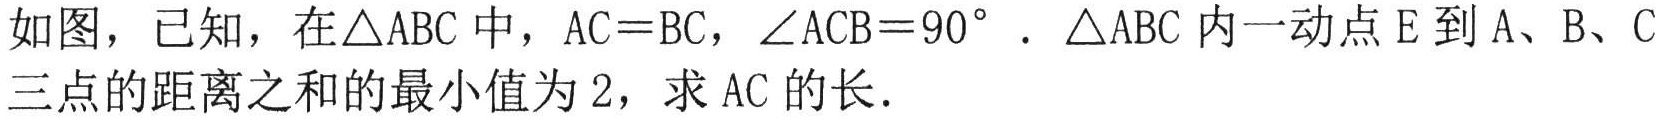
如图，已知，在\(\triangle ABC\)中，\(AC = BC\)，\(\angle ACB = 90^{\circ}\)．\(\triangle ABC\)内一动点\(E\)到\(A\)、\(B\)、\(C\)三点的距离之和的最小值为\(2\)，求\(AC\)的长．